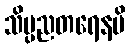
သိပ္ပညတရေနပိ